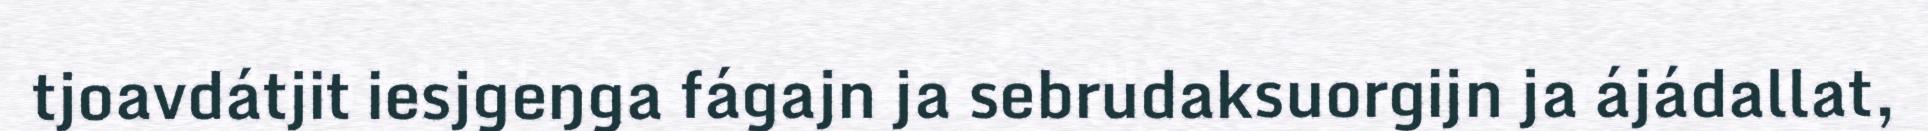
tjoavdátjit iesjgeŋga fágajn ja sebrudaksuorgijn ja ájádallat,